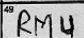
Transcription: RMU